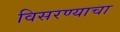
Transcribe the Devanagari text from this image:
विसरण्याचा